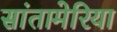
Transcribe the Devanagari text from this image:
सांतामेरिया